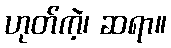
ဟုတ်ကဲ့၊ ဆရာ။